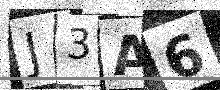
Text: J3A6